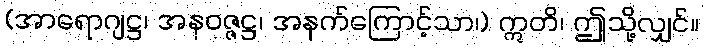
(အာရောဂျဋ္ဌ၊ အနဝဇ္ဇဋ္ဌ၊ အနက်ကြောင့်သာ၊) ဣတိ၊ ဤသို့လျှင်။